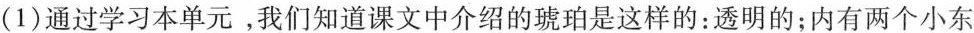
(1)通过学习本单元，我们知道课文中介绍的琥珀是这样的：透明的；内有两个小东